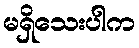
မရှိသေးပါက